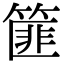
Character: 篚